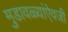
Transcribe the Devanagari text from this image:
मुडावळ्यांऐवजी